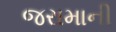
જરામાની